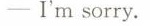
-I'm sorry.